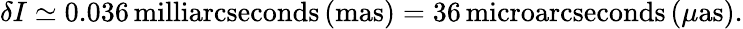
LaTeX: \delta I\simeq 0.036\, \mathrm{milliarcseconds}\, (\mathrm{mas})=36\, \mathrm{microarcseconds}\, (\mu\mathrm{as}).